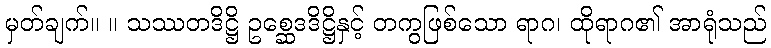
မှတ်ချက်။ ။ သဿတဒိဋ္ဌိ ဥစ္ဆေဒဒိဋ္ဌိနှင့် တကွဖြစ်သော ရာဂ၊ ထိုရာဂ၏ အာရုံသည်